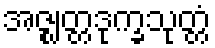
အဇ္ဈတ္တဒုက္ခသုတ္တံ